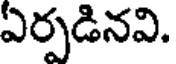
ఏర్పడినవి.